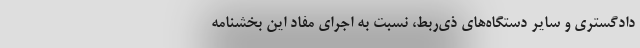
دادگستری و سایر دستگاه‌های ذی‌ربط، نسبت به اجرای مفاد این بخشنامه